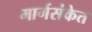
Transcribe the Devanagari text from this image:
मार्गसंकेत